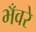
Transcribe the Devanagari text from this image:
भँवरे